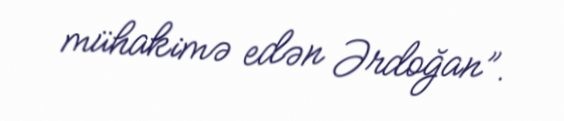
mühakimə edən Ərdoğan”.